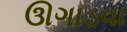
ઊગાડવા